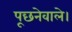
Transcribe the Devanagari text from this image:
पूछनेवाले।